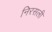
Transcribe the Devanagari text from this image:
निरसली